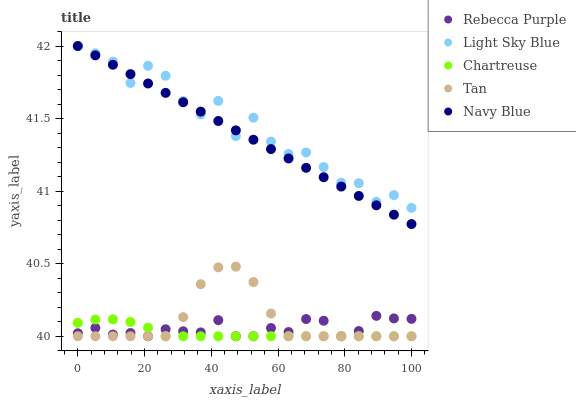
| xaxis_label | Rebecca Purple | Light Sky Blue | Chartreuse | Tan | Navy Blue |
 | --- | --- | --- | --- | --- | --- |
 | 0 | 40 | 42 | 40.1 | 40 | 42 |
 | 5.26 | 40.1 | 42 | 40.1 | 40 | 41.9 |
 | 10.5 | 40 | 41.9 | 40.1 | 40 | 41.9 |
 | 15.8 | 40 | 41.7 | 40.1 | 40 | 41.8 |
 | 21.1 | 40 | 41.9 | 40.1 | 40 | 41.7 |
 | 26.3 | 40 | 41.8 | 40 | 40 | 41.7 |
 | 31.6 | 40 | 41.6 | 40 | 40.1 | 41.6 |
 | 36.8 | 40 | 41.5 | 40 | 40.4 | 41.5 |
 | 42.1 | 40.1 | 41.6 | 40 | 40.5 | 41.5 |
 | 47.4 | 40 | 41.4 | 40 | 40.5 | 41.4 |
 | 52.6 | 40 | 41.5 | 40 | 40.4 | 41.4 |
 | 57.9 | 40.1 | 41.3 | 40 | 40.2 | 41.3 |
 | 63.2 | 40 | 41.3 | 40 | 40 | 41.2 |
 | 68.4 | 40.1 | 41.3 | 40 | 40 | 41.2 |
 | 73.7 | 40.1 | 41.2 | 40 | 40 | 41.1 |
 | 78.9 | 40 | 41.1 | 40 | 40 | 41 |
 | 84.2 | 40 | 41.1 | 40 | 40 | 41 |
 | 89.5 | 40.1 | 40.9 | 40 | 40 | 40.9 |
 | 94.7 | 40.1 | 41 | 40 | 40 | 40.8 |
 | 100 | 40.1 | 40.9 | 40 | 40 | 40.8 |